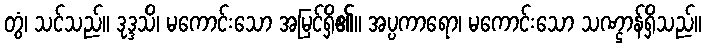
တွံ၊ သင်သည်။ ဒုဒ္ဒသိ၊ မကောင်းသော အမြင်ရှိ၏။ အပ္ပကာရော၊ မကောင်းသော သဏ္ဌာန်ရှိသည်။